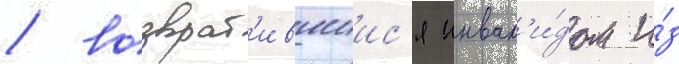
/ возврат'ившиис'я инвал'и́дом и́з